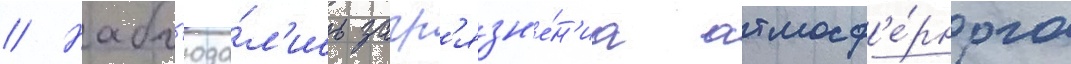
// Набл'юда́л'ись загр'язн'е́н'иа атмосф'е́рного